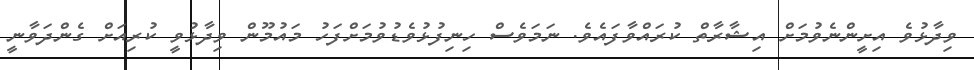
ވިދާޅުވެ އިށީންނެވުމަށް އިޝާރާތް ކުރައްވާފައެވެ. ނަމަވެސް ހިނިފުޅުވެޑުވުމަށްފަހު މައުމޫން ވިދާޅުވީ ކުރިއަށް ގެންދަވާނީ